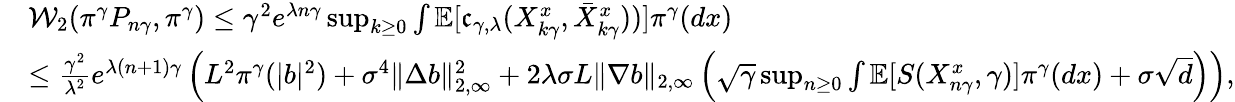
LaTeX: \begin{array}{rl}&{{\cal W}_{2}(\pi^{\gamma}P_{n\gamma},\pi^{\gamma})\le\gamma^{2}e^{\lambda n\gamma}\operatorname*{sup}_{k\ge 0}\int\mathbb{E}[\mathfrak{c}_{\gamma,\lambda}(X_{k\gamma}^{x},\bar{X}_{k\gamma}^{x}))]\pi^{\gamma}(dx)}\\ &{\le\frac{\gamma^{2}}{\lambda^{2}}e^{\lambda(n+1)\gamma}\left(L^{2}\pi^{\gamma}(|b|^{2})+{\sigma^{4}}\| \Delta b\| _{2,\infty}^{2}+2\lambda\sigma L\| \nabla b\| _{2,\infty}\left(\sqrt{\gamma}\operatorname*{sup}_{n\ge 0}\int\mathbb{E}[S(X_{n\gamma}^{x},\gamma)]\pi^{\gamma}(dx)+\sigma\sqrt{d}\right)\right),}\end{array}